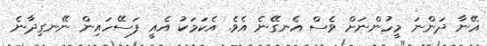
އޭނާ ދަންނަ މީހުންނަށް ވެސް އެނގޭނެ އެވެ. އެކަމަކު އެއީ ފަސޭހައިން ނޭނގިދާނެ